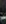
-